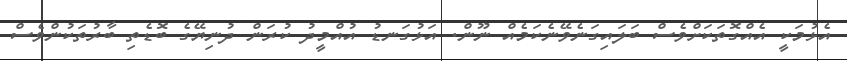
އެޅުމަކީ އެއްގޮތަކަށްވެސް ބަލައިގަނެވޭނެކަމެއް ނޫން. އަޅުގަނޑު އުއްމީދު ކުރަން ދުނިޔޭގެ ބޮޑެތި ބާރުތަކުންވެސް